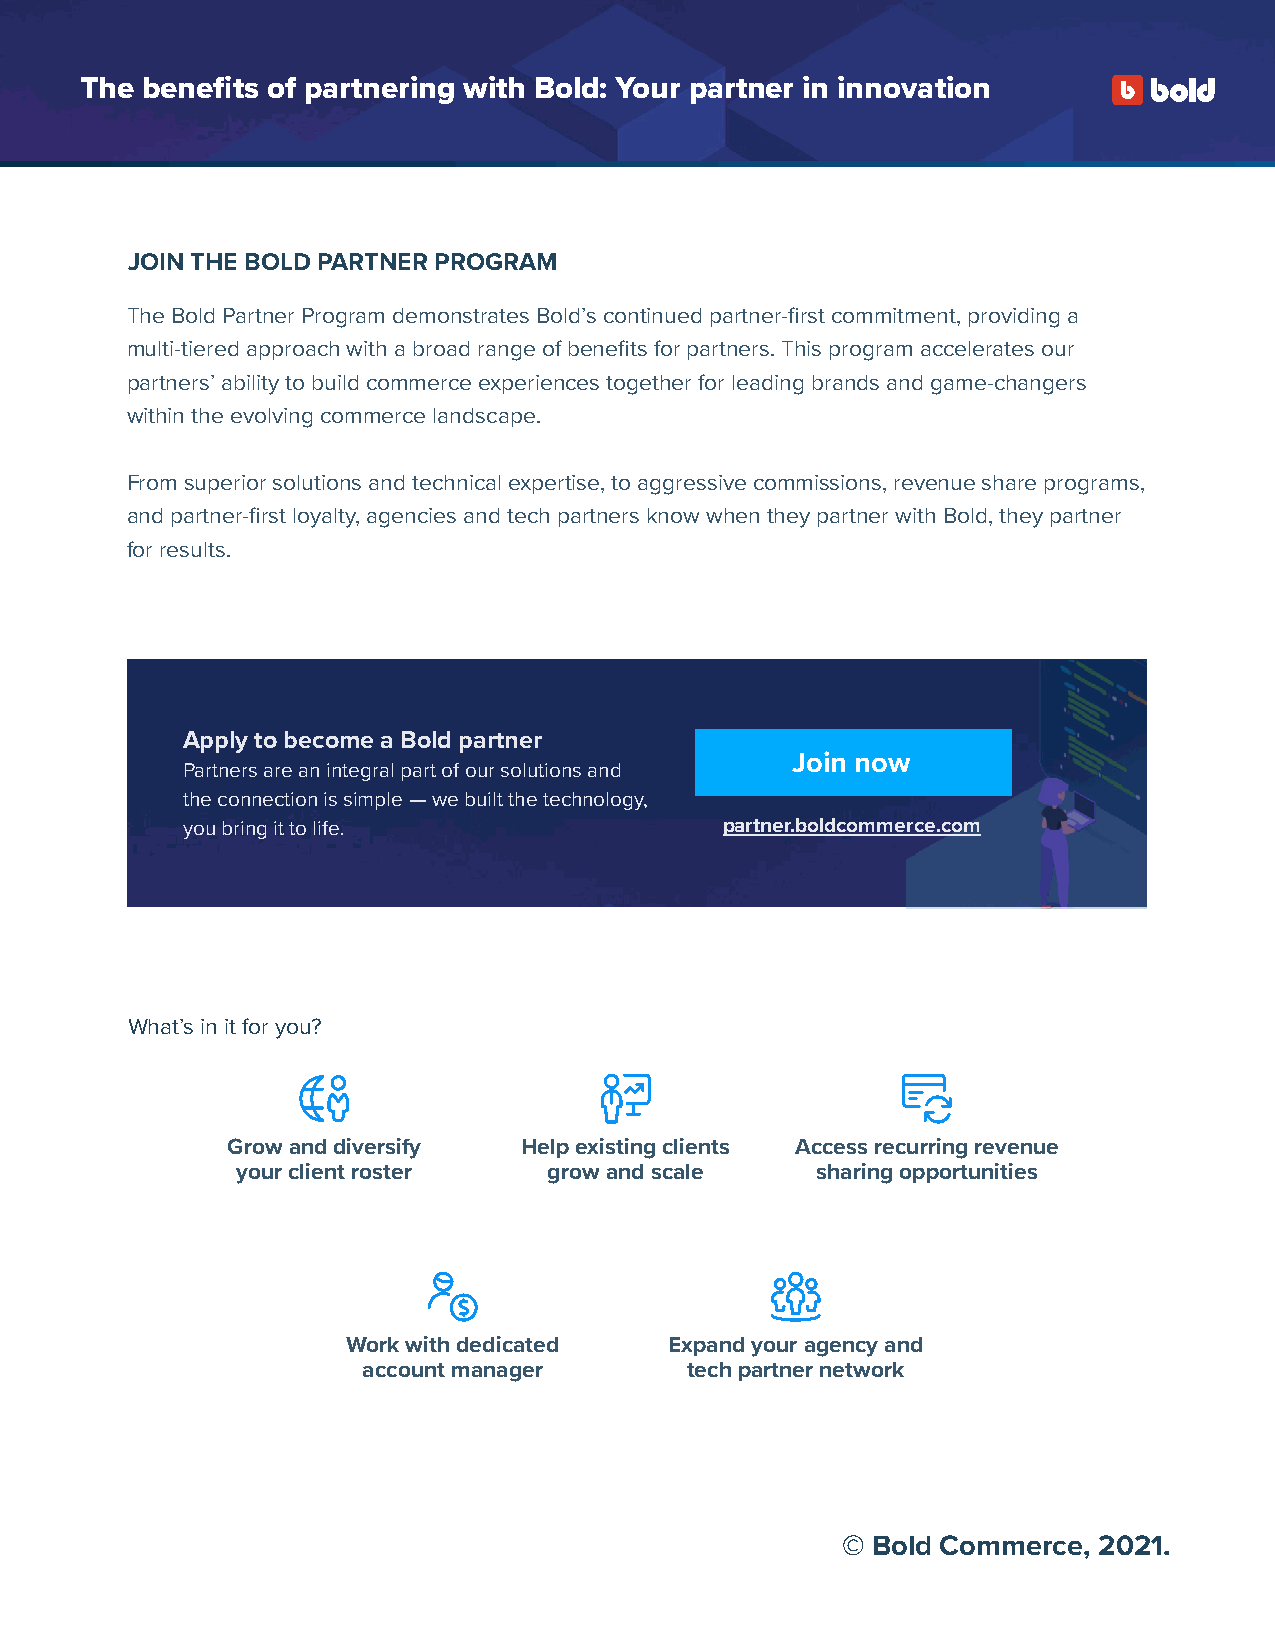
The benefits of partnering with Bold: Your partner in innovation
 JOIN THE BOLD PARTNER PROGRAM
 The Bold Partner Program demonstrates Bold’s continued partner-first commitment, providing a
 multi-tiered approach with a broad range of benefits for partners. This program accelerates our
 partners’ ability to build commerce experiences together for leading brands and game-changers
 within the evolving commerce landscape.
 From superior solutions and technical expertise, to aggressive commissions, revenue share programs,
 and partner-first loyalty, agencies and tech partners know when they partner with Bold, they partner
 for results.
 Apply to become a Bold partner
 Join now
 Partners are an integral part of our solutions and
 the connection is simple — we built the technology,
 you bring it to life.               partner.boldcommerce.com
 What’s in it for you?
 Grow and diversify  Help existing clients Access recurring revenue
 your client roster  grow and scale    sharing opportunities
 Work with dedicated  Expand your agency and
 account manager      tech partner network
 © Bold Commerce, 2021.